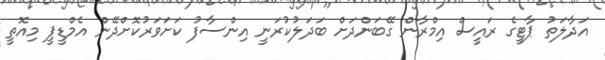
އަދާލަތު ޕާޓީގެ ރައީސް އިމްރާން ގޭބަންދަށް ބަދަލުކުރަނީ އިންސާފު ކަށަވަރުކޮށްދޭން އެމްޑީޕީ މިއޮތީ